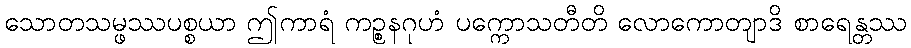
သောတသမ္ဖဿပစ္စယာ ဤကာရံ ကဉ္စနဂုဟံ ပက္ကောသတီတိ လောကောတျာဒိ စာရေန္တဿ